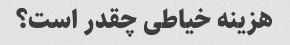
هزینه خیاطی چقدر است؟